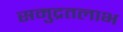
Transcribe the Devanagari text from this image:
समुद्रतलाभ